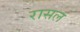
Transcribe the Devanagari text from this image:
रासल